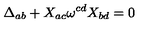
\Delta _ { a b } + X _ { a c } \omega ^ { c d } X _ { b d } = 0